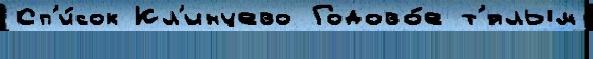
Сп'и́сок Кл'инцево Годово́е т'́плым